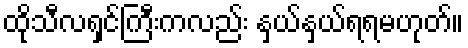
ထိုသီလရှင်ကြီးကလည်း နှယ်နှယ်ရရမဟုတ်။